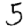
Digit: 5